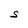
Character: S